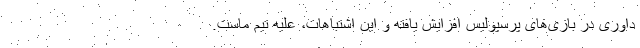
داوری در بازی‌های پرسپولیس افزایش یافته و این اشتباهات، علیه تیم ماست.